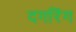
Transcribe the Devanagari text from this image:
दगरिंग